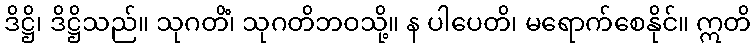
ဒိဋ္ဌိ၊ ဒိဋ္ဌိသည်။ သုဂတိံ၊ သုဂတိဘဝသို့။ န ပါပေတိ၊ မရောက်စေနိုင်။ ဣတိ